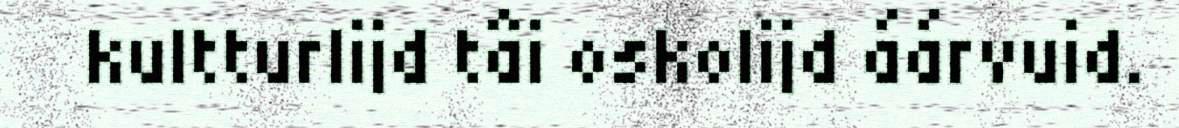
kultturlijd tâi oskolijd áárvuid.